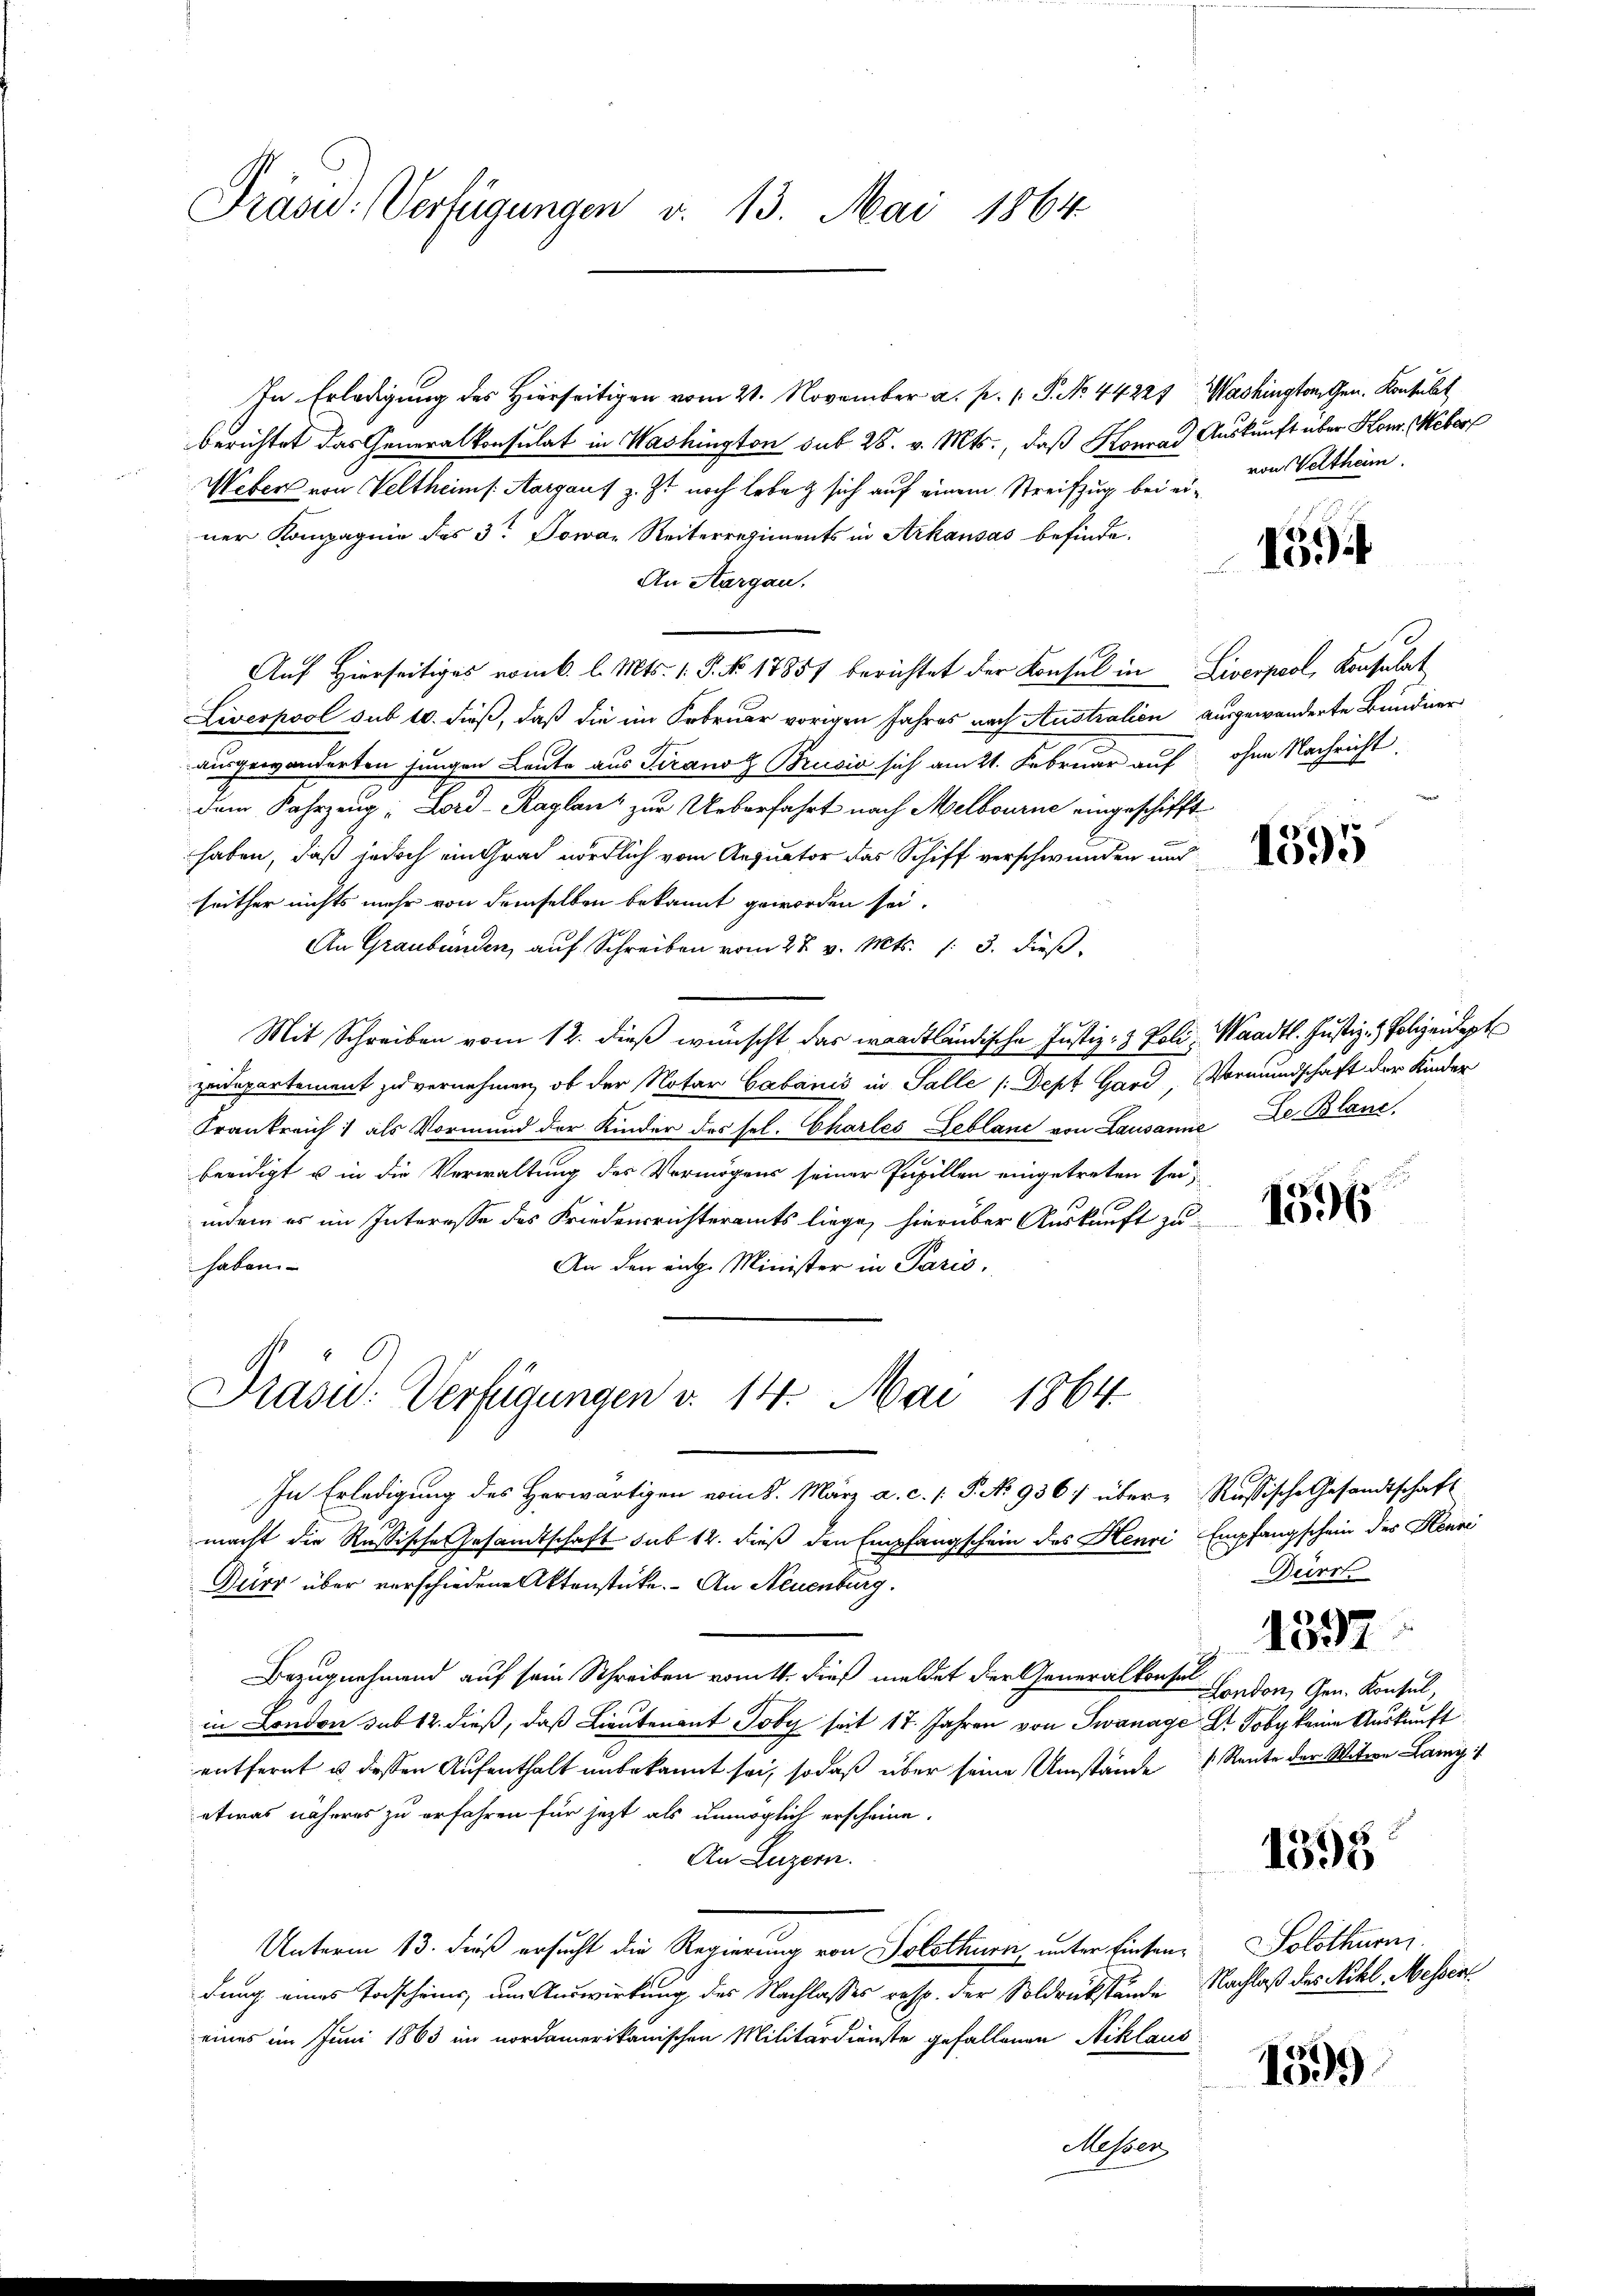
Präsu: Verfügungen v. 13. Mai 1864

In Erledigung des Hierseitigen vom 21. November a. p. P. No. 44221, Washington Gen. Konsulat
berichtet das Generalkonsulat in Washington sub 28. v. Mts., daß Konrad Auskunft über Hon. Weber
Weber von Veltheim s. Aargau) z. Z. noch lebe sich auf einem Streifzug bei einer Kompagnie des 3te Jowan Reiterregiments in Arkausas befinde.
An Aargau.
Auf hierseitiges vom 6. l. Mts. 1. P. No. 1785/ berichtet der Konsul in Liverpool, Konsulat
Liverpool sub 10. dieß, daß die im Februar vorigen Jahres nach Australien ausgewanderte Bündner
ausgewanderten Jungen Leute aus Tiranoz Brusić sich am 21. Februar auf
dem Fahrzeug: Lord-Kaglanz zur Ueberfahrt nach Melbourne eingeschifft
haben, daß jedoch ein Grad nördlich vom Aequator das Schiff verschwunden und
seither nichts mehr von demselben bekannt geworden sei.
An Graubünden, auf Schreiben vom 27. v. Mts. /: 3. dieß¬
Mit Schreiben vom 12. dieß wünscht das waadtländische Justiz- & Poli, Waadt. Justiz- & Polizeidept
zeidepartement zu vernehmen, ob der Notar Cabanić in Salle /:Dept Gard Vormundschaft der Kinder
Frankreich als Vormund der Kinder des sel. Charles Leblane von Lausanne De Blanc,
beeidigt u in die Verwaltung des Vermögens seiner Pupillen eingetreten sei,
indem es im Interesse des Friedensrichteramts liege, hierüber Auskunft zu
haben
An den ange Minister in Paris,
Präsid. Verfügungen v. 14. Mai 1864.
In Erledigung des Herwärtigen vom 8. März a. c. s. S. No 936/ über-Russische Gesandtschaft
macht die Russische Gesandtschaft sub 12. dieß den Empfangschein des Henri Empfangschein des Henri
Dürr über verschiedene Aktenstücke. An Neuenburg.
Bezugnehmend auf sein Schreiben vom 1. dieß meldet der Generalkonsen Kanton, Gen. Konsul,
in London sub 12. dieß, daß Lieutenant Joby seit 17. Jahren von Swanage Dr. Joby keine Auskunft
entfernt u. dessen Aufenthalt unbekannt sei, sodaß über seine Umstände Rente der Witwe Lany
etwas näheres zu erfahren für jetzt als unmöglich erscheine.
An Luzern.
Unterm 13. dieß ersucht die Regierung von Solothurn, unter Einsendung eines Todscheins, um Auswirkung des Nachlasses resp. der Soldrückstände Nachlaß des Mehl, Messert
eines im Juni 1863 im nordamerikanischen Militärdienste gefallenen Niklaus
Messen

von Veltheim.

15

ohne Nachricht.

1596

Deirrt

1337

1395

Solothurn

1599